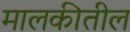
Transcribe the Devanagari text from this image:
मालकीतील